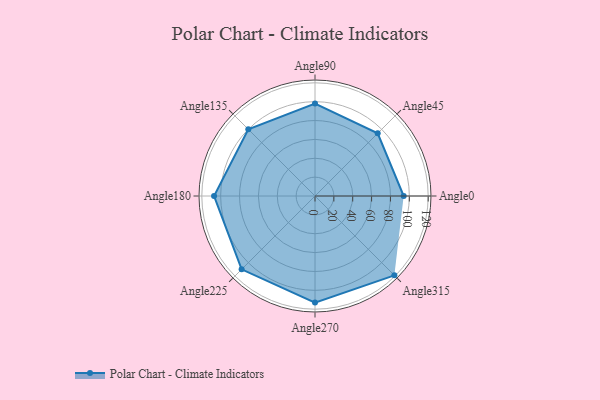
{"axis": {"x": "Angle", "y": "Radius"}, "legend": [""], "data": [{"x": "Angle0", "y": 94.0, "type": ""}, {"x": "Angle45", "y": 94.0, "type": ""}, {"x": "Angle90", "y": 98.0, "type": ""}, {"x": "Angle135", "y": 100.0, "type": ""}, {"x": "Angle180", "y": 107.0, "type": ""}, {"x": "Angle225", "y": 110.0, "type": ""}, {"x": "Angle270", "y": 113.0, "type": ""}, {"x": "Angle315", "y": 119.0, "type": ""}]}